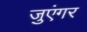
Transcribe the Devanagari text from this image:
जुएंगर